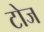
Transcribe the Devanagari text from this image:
टोज